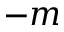
- m